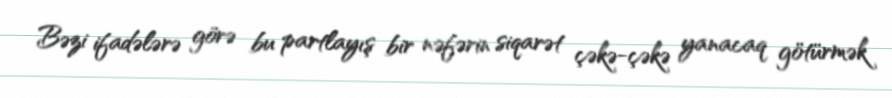
Bəzi ifadələrə görə bu partlayış bir nəfərin siqarət çəkə-çəkə yanacaq götürmək